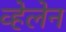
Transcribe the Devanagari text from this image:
व्हेलेन